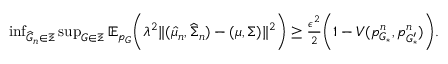
\begin{array} { r } { \operatorname* { i n f } _ { \widehat { G } _ { n } \in \Xi } \operatorname* { s u p } _ { G \in \Xi } \mathbb { E } _ { p _ { G } } \biggr ( \lambda ^ { 2 } \| ( \widehat { \mu } _ { n } , \widehat { \Sigma } _ { n } ) - ( \mu , \Sigma ) \| ^ { 2 } \biggr ) \geq \frac { \epsilon ^ { 2 } } { 2 } \biggr ( 1 - V ( p _ { G _ { * } } ^ { n } , p _ { G _ { * } ^ { \prime } } ^ { n } ) \biggr ) . } \end{array}